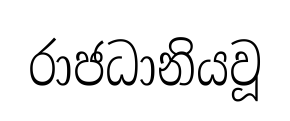
රාජධානියවූ